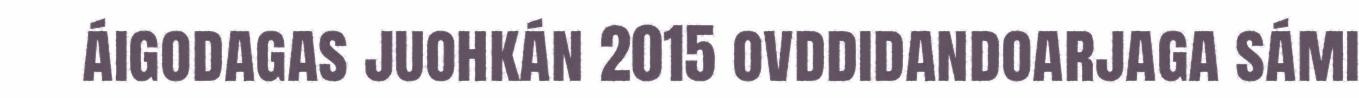
áigodagas juohkán 2015 ovddidandoarjaga sámi